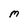
Character: M